Report of the Indian Hemp Drugs Commission, 1894-1895 - Volume VI
Year: 1894
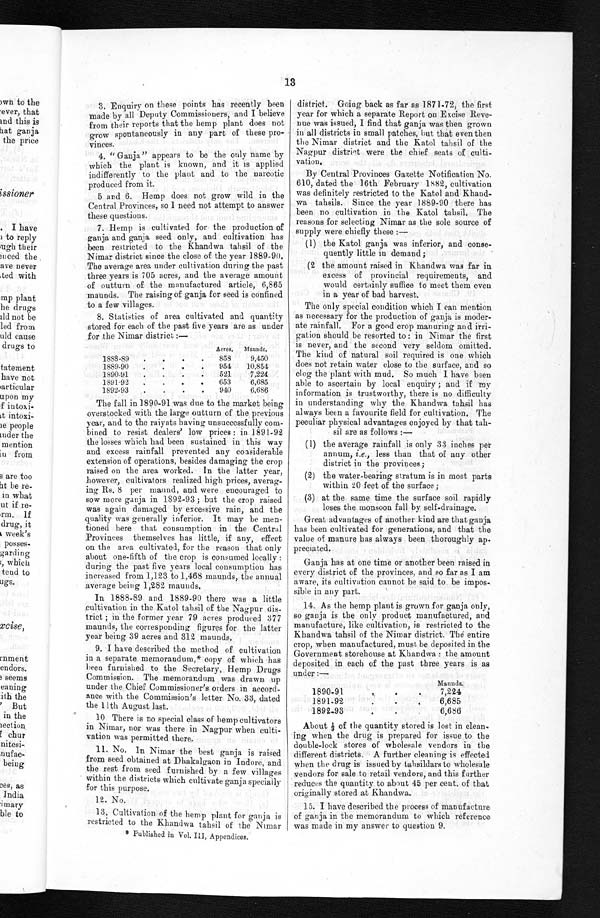
13
3. Enquiry on these points has recently been
made by all Deputy Commissioners, and I believe
from their reports that the hemp plant does not
grow spontaneously in any part of these pr
o - v i n c e s .
3. "Ganja" appears to be the only name by
which the plant is known, and it is applied
indifferently to the plant and to the narcotic
produced from it.
5 and 6. Hemp does not grow wild in the
Central Provinces, so I need not attempt to answer
these questions.
7. Hemp is cultivated for the production of
ganja and ganja seed only, and cultivation has
been restricted to the Khandwa tahsil of the
Nimar district since the close of the year 1889-90.
The average area under cultivation during the past
three years is 705 acres, and the average amount
of outturn of the manufactured article, 6,865
maunds. The raising of ganja for seed is confined
to a few villages.
8. Statistics of area cultivated and quantity
stored for each of the past five years are as under
for the Nimar district:—
Acres. t1aunds.
1888-89 . . .
858
9,450
1889-90 . . .
954
10,854
1890-91 . . .
521
7,224
1891-92 . . .
653
6,685
1892-93 . . .
940
6,686
The fall in 1890-91 was due to the market being
overstocked with the large outturn of the previous
year, and to the raiyats having unsuccessfully com-
bined to resist dealers' low prices: in 1891-92
the losses which had been sustained in this way
and excess rainfall prevented any considerable
extension of operations, besides damaging the crop
raised on the area worked. In the latter year,
however, cultivators realized high prices, averag
-ing Rs. 8 per maund, and were encouraged to
sow more ganja in 1892-93; but the crop raised
was again damaged by excessive rain, and the
quality was generally inferior. It may be men
-tioned here that consumption in the Central
Provinces themselves has little, if any, effect
on the area cultivated, for the reason that only
about one-fifth of the crop is consumed locally:
during the past five years local consumption has
increased from 1,123 to 1,468 maunds, the annual
average being 1,282 maunds.
In 1888-89 and 1889-90 there was a little
cultivation in the Katol tahsil of the Nagpur dis
-trict; in the former year 79 acres produced 377
maunds, the corresponding figures for the latter
year being 39 acres and 312 maunds.
9. I have described the method of cultivation
in a separate memorandum,* copy of which has
been furnished to the Secretary, Hemp Drugs
Commission. The memorandum was drawn up
under the Chief Commissioner's orders in accord
- a n c e w i t h t h e C o m m i s s i o n ' s l e t t e r N o . 3 3 , d a t e d
the 11th August last.
10 There is no special class of hemp cultivators
in Nimar, nor was there in Nagpur when culti
-vation was permitted there.
11. No. In Nimar the best ganja is raised
from seed obtained at Dhakalgaon in Indore, and
the rest from seed furnished by a few villages
within the districts which cultivate ganja specially
for this purpose.
12. No.
13. Cultivation of the hemp plant for ganja is
restricted to the Khandwa tahsil of the Nimar
* Published in Vol. III, Appendices.
district. Going back as far as 1871-72, the first
year for which a separate Report on Excise Reve
- n u e w a s i s s u e d , I f i n d t h a t g a n j a w a s t h e n g r o w n
in all districts in small patches, but that even then
the Nimar district and the Katol tahsil of the
Nagpur district were the chief seats of culti
- v a t i o n .
By Central Provinces Gazette Notification No.
610, dated the 16th February 1882, cultivation
was definitely restricted to the Katol and Khand
- w a t a h s i l s . S i n c e t h e y e a r 1 8 8 9 - 9 0 t h e r e h a s
been no cultivation in the Katol tahsil. The
reasons for selecting Nimar as the sole source of
supply were chiefly these:
—
(1) the Katol ganja was inferior, and conse
- q u e n t l y l i t t l e i n d e m a n d ;
(2 the amount raised in Khandwa was far in
excess of provincial requirements, and
would certainly suffice to meet them even
in a year of bad harvest.
The only special condition which I can mention
as necessary for the production of ganja is moder
-ate rainfall. For a good crop manuring and irr
i - g a t i o n s h o u l d b e r e s o r t e d t o : i n N i m a r t h e f i r s t
is never, and the second very seldom omitted.
The kind of natural soil required is one which
does not retain water close to the surface, and so
clog the plant with mud. So much I have been
able to ascertain by local enquiry; and if my
information is trustworthy, there is no difficulty
in understanding why the Khandwa tahsil has
always been a favourite field for cultivation. The
peculiar physical advantages enjoyed by that tah-
sil are as follows:—
(1) the average rainfall is only 33 inches per
annum,i . e .
, l e s s t h a n t h a t o f a n y o t h e r
district in the provinces;
(2) the water-bearing stratum is in most parts
within 20 feet of the surface;
(3) at the same time the surface soil rapidly
loses the monsoon fall by self-drainage.
Great advantages of another kind are that ganja
has been cultivated for generations, and that the
value of manure has always been thoroughly ap
- p r e c i a t e d .
Ganja has at one time or another been raised in
every district of the provinces, and so far as I am
aware, its cultivation cannot be said to be impo
s - s i b l e i n a n y p a r t .
14. As the hemp plant is grown for ganja only,
so ganja is the only product manufactured, and
manufacture, like cultivation, is restricted to the
Khandwa tahsil of the Nimar district. The entire
crop, when manufactured, must be deposited in the
Government storehouse at Khandwa: the amount
deposited in each of the past three years is as
under:—
Maunds.
1890-91 . . .
7,224
1891-92 . . .
6,685
1892-93. . .
6,686
About 1/3of the quantity stored is lost in clea
n - i n g w h e n t h e d r u g i s p r e p a r e d f o r i s s u e t o t h e
double-lock stores of wholesale vendors in the
different districts. A further cleaning is effected
when the drug is issued by tahsildars to wholesale
vendors for sale to retail vendors, and this further
reduces the quantity to about 45 per cent. of that
originally stored at Khandwa.
15. I have described the process of manufacture
of ganja in the memorandum to which reference
was made in my answer to question 9.